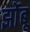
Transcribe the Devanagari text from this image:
झोंंबू